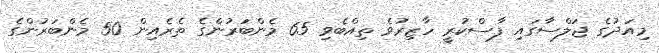
މިއަދުގެ ޖަލްސާގައި ފާސްކުރީ ހާޒިރުވެ ތިއްބެވި 65 މެންބަރުންގެ ތެރެއިން 50 މެންބަރުންގެ